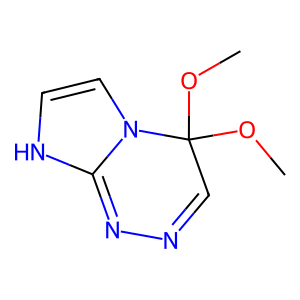
SMILES: COC1(OC)C=NN=C2NC=CN21
Inhibits HIV replication: No